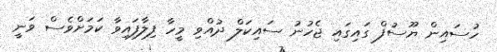
ހުސައިން ޔޫސުފް ގައިގައި ޖެހުނު ސައިކަލް ދުއްވި މީހާ ފިލާފައިވާ ކަމަށްވެސް ވަނީ